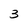
Character: 3